Vaccination in Burma 1889-1999 - 1889-1999
Year: 1889
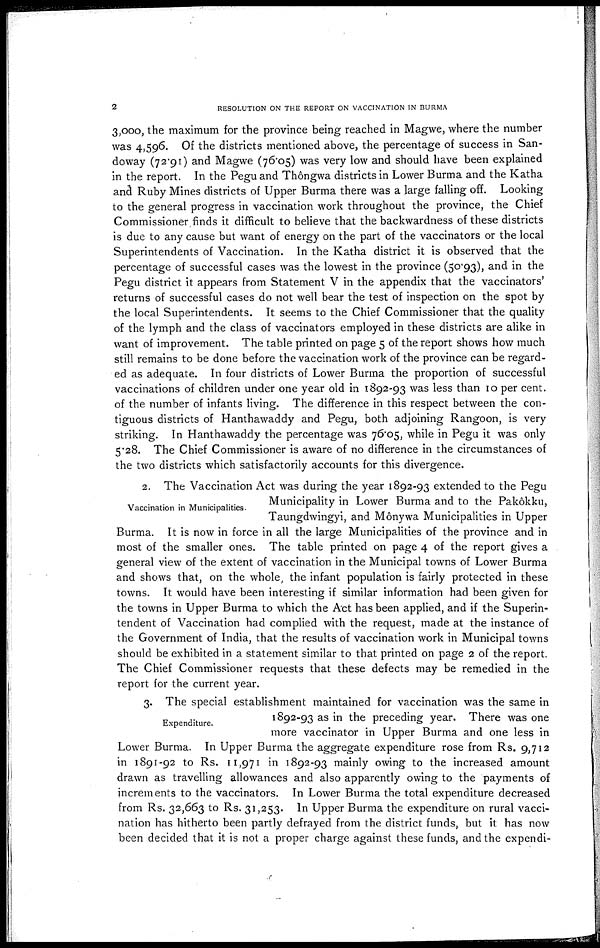
2
RESOLUTION ON THE REPORT ON VACCINATION IN BURMA
3,000, the maximum for the province being reached in Magwe, where the number
was 4,596. Of the districts mentioned above, the percentage of success in San-
doway (72.91) and Magwe (76.05) was very low and should have been explained
in the report. In the Pegu and Thôngwa districts in Lower Burma and the Katha
and Ruby Mines districts of Upper Burma there was a large falling off. Looking
to the general progress in vaccination work throughout the province, the Chief
Commissioner finds it difficult to believe that the backwardness of these districts
is due to any cause but want of energy on the part of the vaccinators or the local
Superintendents of Vaccination. In the Katha district it is observed that the
percentage of successful cases was the lowest in the province (50.93), and in the
Pegu district it appears from Statement V in the appendix that the vaccinators'
returns of successful cases do not well bear the test of inspection on the spot by
the local Superintendents. It seems to the Chief Commissioner that the quality
of the lymph and the class of vaccinators employed in these districts are alike in
want of improvement. The table printed on page 5 of the report shows how much
still remains to be done before the vaccination work of the province can be regard-
ed as adequate. In four districts of Lower Burma the proportion of successful
vaccinations of children under one year old in 1892-93 was less than 10 per cent.
of the number of infants living. The difference in this respect between the con-
tiguous districts of Hanthawaddy and Pegu, both adjoining Rangoon, is very
striking. In Hanthawaddy the percentage was 76.05, while in Pegu it was only
5.28. The Chief Commissioner is aware of no difference in the circumstances of
the two districts which satisfactorily accounts for this divergence.
Vaccination in Municipalities.
2. The Vaccination Act was during the year 1892-93 extended to the Pegu
Municipality in Lower Burma and to the Pakôkku,
Taungdwingyi, and Mônywa Municipalities in Upper
Burma. It is now in force in all the large Municipalities of the province and in
most of the smaller ones. The table printed on page 4 of the report gives a
general view of the extent of vaccination in the Municipal towns of Lower Burma
and shows that, on the whole, the infant population is fairly protected in these
towns. It would have been interesting if similar information had been given for
the towns in Upper Burma to which the Act has been applied, and if the Superin-
tendent of Vaccination had complied with the request, made at the instance of
the Government of India, that the results of vaccination work in Municipal towns
should be exhibited in a statement similar to that printed on page 2 of the report.
The Chief Commissioner requests that these defects may be remedied in the
report for the current year.
Expenditure.
3. The special establishment maintained for vaccination was the same in
1892-93 as in the preceding year. There was one
more vaccinator in Upper Burma and one less in
Lower Burma. In Upper Burma the aggregate expenditure rose from Rs. 9,712
in 1891-92 to Rs. 11,971 in 1892-93 mainly owing to the increased amount
drawn as travelling allowances and also apparently owing to the payments of
increments to the vaccinators. In Lower Burma the total expenditure decreased
from Rs. 32,663 to Rs. 31,253. In Upper Burma the expenditure on rural vacci-
nation has hitherto been partly defrayed from the district funds, but it has now
been decided that it is not a proper charge against these funds, and the expendi-